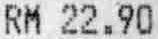
RM 22.90